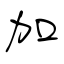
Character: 加